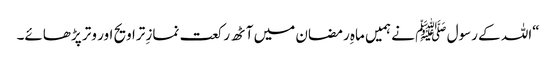
“اللہ کے رسول ﷺ نے ہمیں ماہِ رمضان میں آٹھ رکعت نمازِ تراویح اور وتر پڑھائے۔